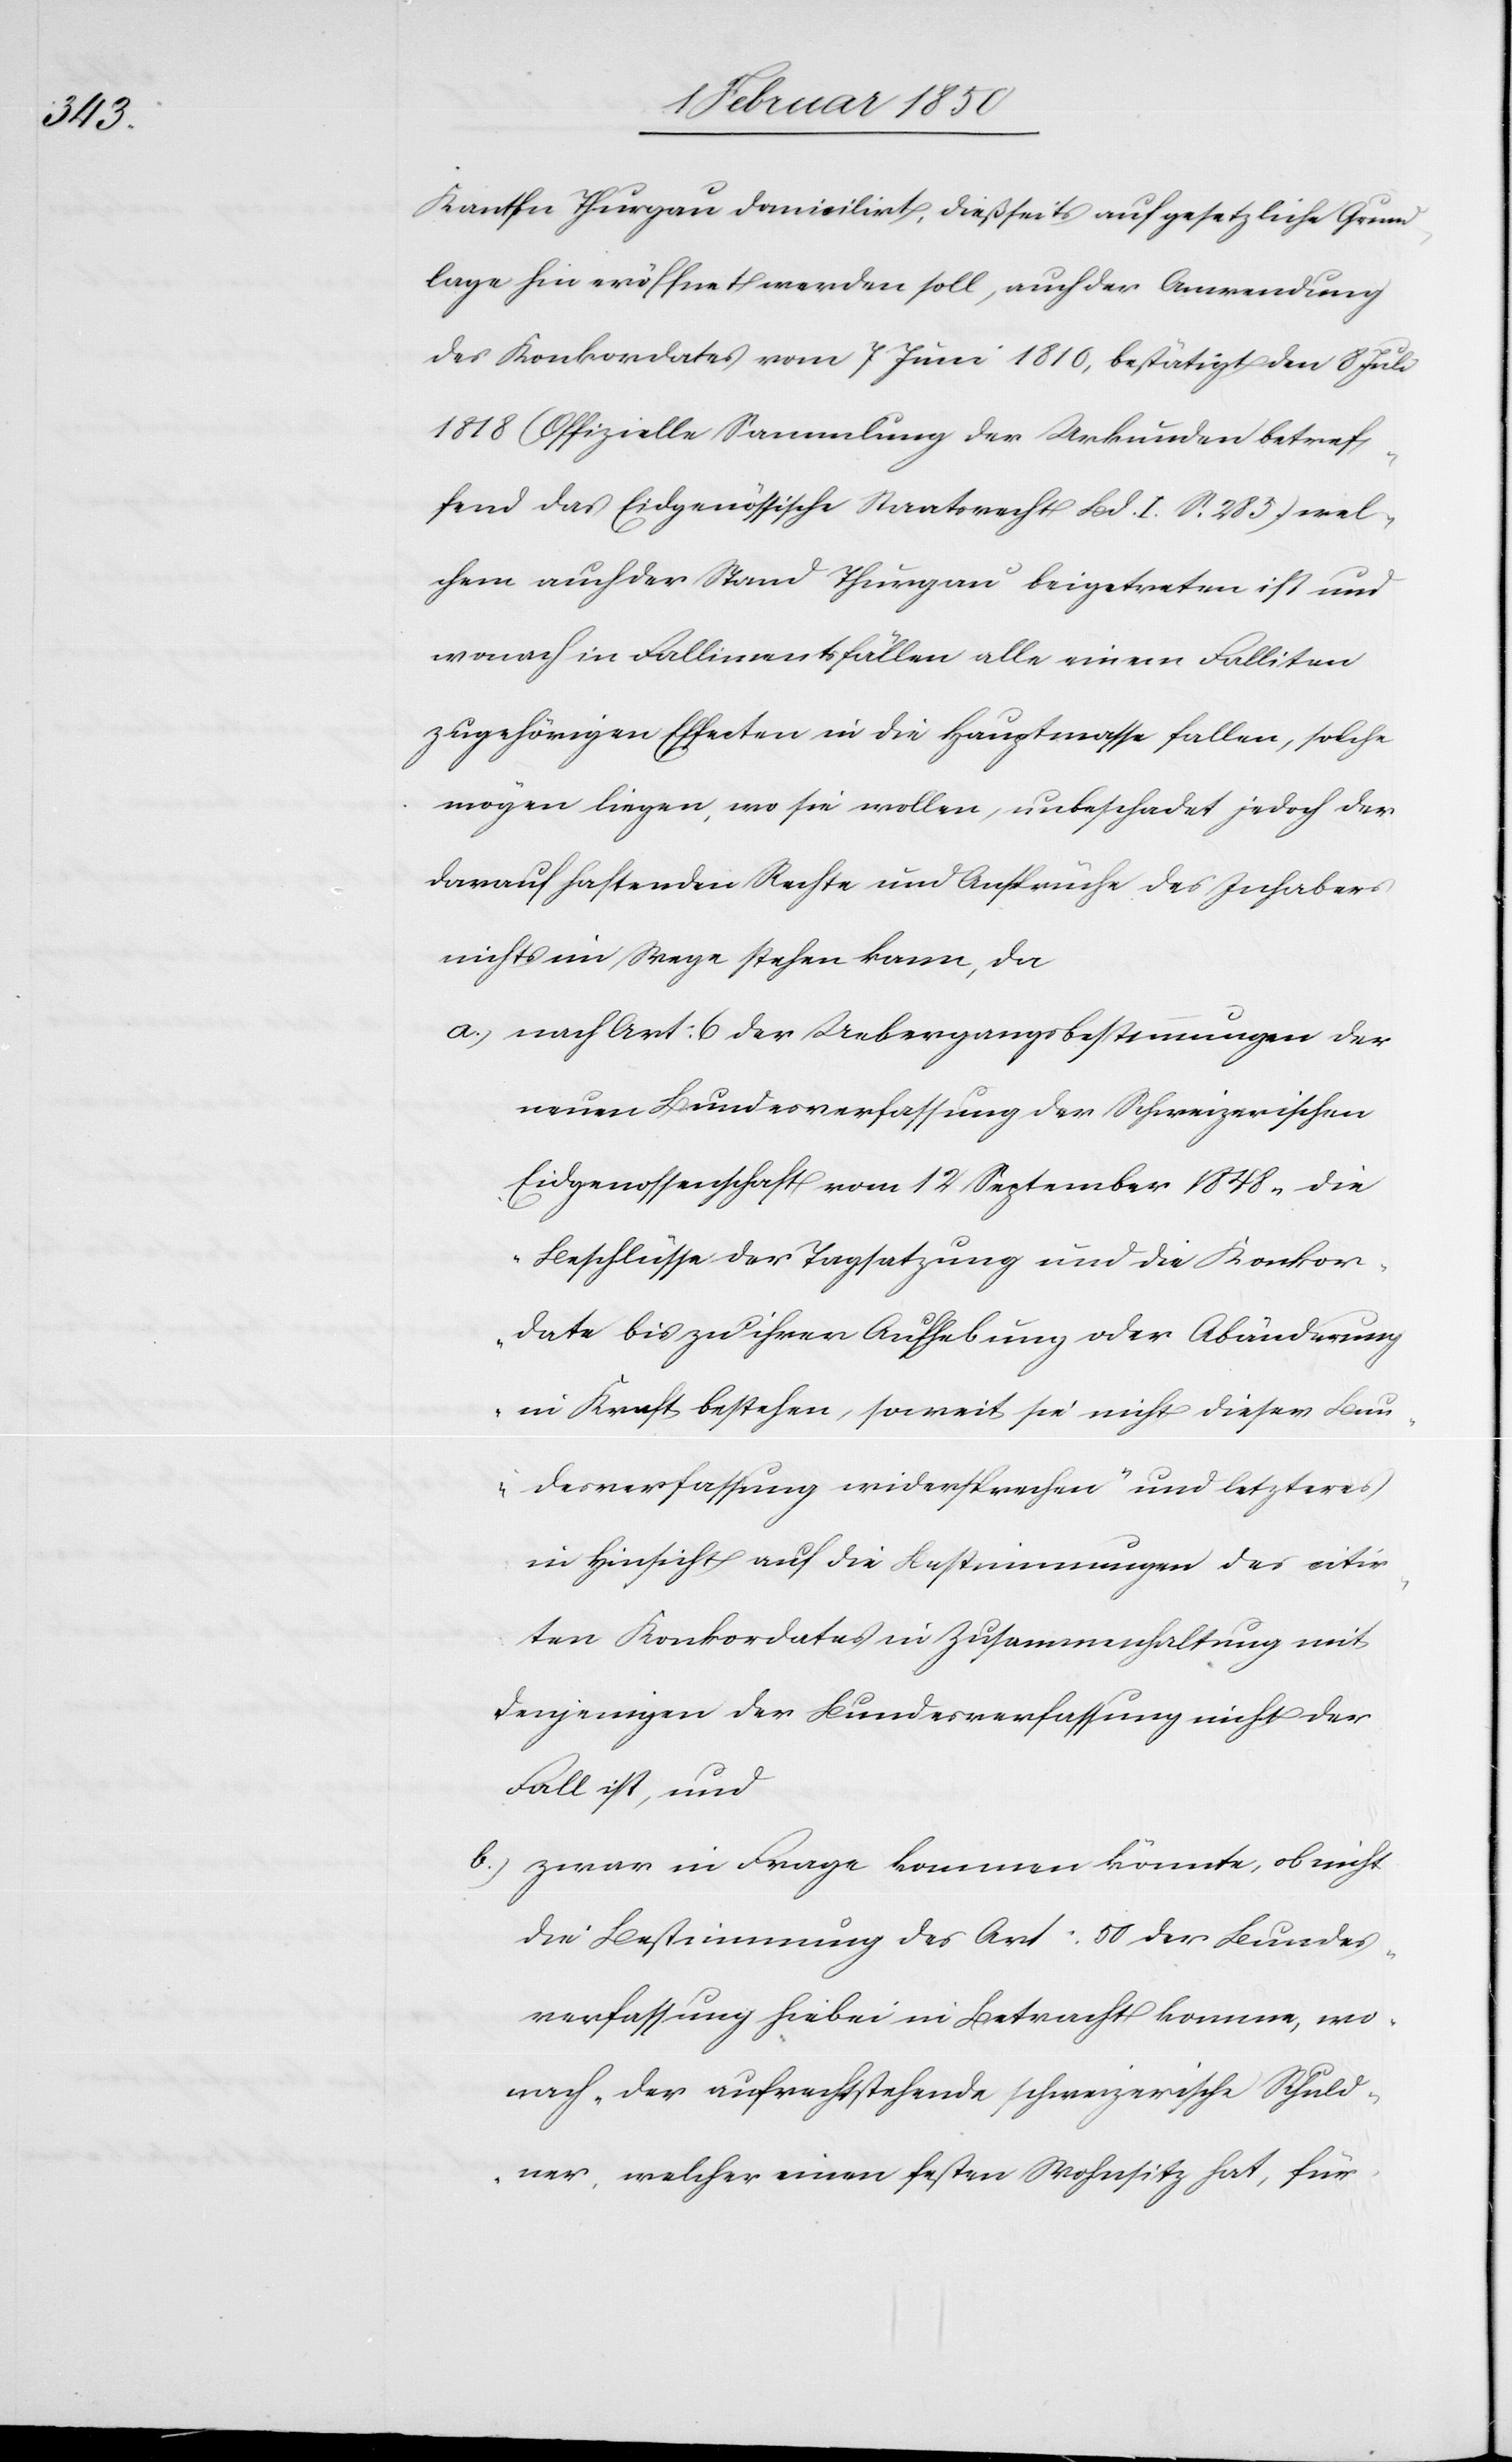
Kanton Thurgau domicilirt, dießseits auf gesetzliche Grund¬
lage hin eröffnet werden soll, auch der Anwendung
des Konkordates vom 7 Juni 1810, bestätigt den 8 Juli
1818 (Offizielle Sammlung der Urkunden betref¬
fend das Eidgenössische Staatsrecht Bd. I. S. 285) wel¬
chem auch der Stand Thurgau beigetreten ist und
wonach in Fallimentsfällen alle einem Falliten
zugehörigen Effecten in die Hauptmasse fallen, solche
mögen liegen, wo sie wollen, unbeschadet jedoch der
darauf haftenden Rechte und Ansprüche des Inhabers
nichts im Wege stehen kann, da
a.) nach Art: 6 der Uebergangsbestimmungen der
neuen Bundesverfassung der Schweizerischen
Eidgenossenschaft vom 12 September 1848 „die
Beschlüsse der Tagsatzung und die Konkor¬
date bis zu ihrer Aufhebung oder Abänderung
in Kraft bestehen, soweit sie nicht dieser Bun¬
desverfassung widersprechen“ und letzteres
in Hinsicht auf die Bestimmungen des citir¬
ten Konkordates in Zusammenhaltung mit
denjenigen der Bundesverfassung nicht der
Fall ist, und
b.) zwar in Frage kommen könnte, ob nicht
die Bestimmung des Art: 50 der Bundes¬
verfassung hiebei in Betracht komme, wo¬
nach „der aufrechtstehende schweizerische Schuld¬
ner, welcher einen festen Wohnsitz hat, für